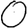
Digit: 0